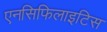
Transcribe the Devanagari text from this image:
एनसिफिलाइटिस